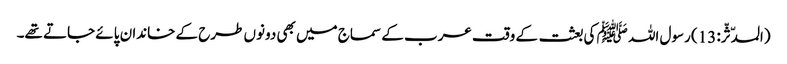
(المدّثّر: 13) رسول اللہ ﷺ کی بعثت کے وقت عرب کے سماج میں بھی دونوں طرح کے خاندان پائے جاتے تھے۔